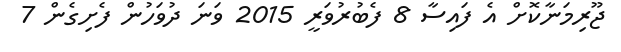
ޖޫރިމަނާކޮށް އެ ފައިސާ 8 ފެބުރުވަރީ 2015 ވަނަ ދުވަހުން ފެށިގެން 7